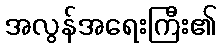
အလွန်အရေးကြီး၏